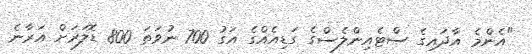
"އެންމެ އާދައިގެ ސްޓެއިންލެސްގެ ގަޑިއެއްގެ އަގު 700 ނުވަތަ 800 ޑޮލަރަށް އަރާނެ